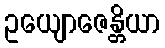
ဥယျောဇေန္တိယာ